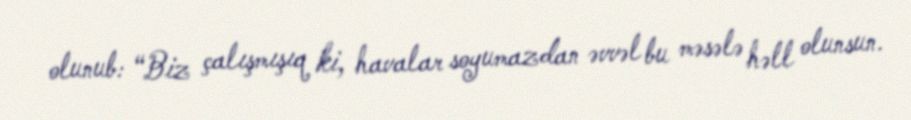
olunub: “Biz çalışmışıq ki, havalar soyumazdan əvvəl bu məsələ həll olunsun.